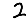
Digit: 2